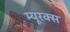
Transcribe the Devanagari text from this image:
म्यूरक्स